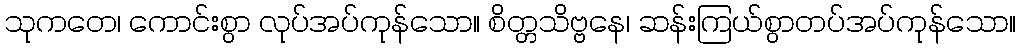
သုကတေ၊ ကောင်းစွာ လုပ်အပ်ကုန်သော။ စိတ္တသိဗ္ဗနေ၊ ဆန်းကြယ်စွာတပ်အပ်ကုန်သော။